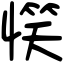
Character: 𢞖